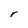
Character: r